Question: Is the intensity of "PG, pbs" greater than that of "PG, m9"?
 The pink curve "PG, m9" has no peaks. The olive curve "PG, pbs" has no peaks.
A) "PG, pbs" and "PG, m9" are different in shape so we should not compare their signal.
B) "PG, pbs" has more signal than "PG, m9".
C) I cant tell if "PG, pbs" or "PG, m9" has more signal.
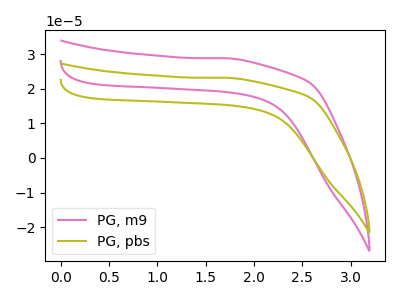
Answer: <think>Neither "PG, pbs" or "PG, m9" have any peaks.
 </think>
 <answer>C) I cant tell if "PG, pbs" or "PG, m9" has more signal.</answer>
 <eval>C</eval>